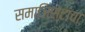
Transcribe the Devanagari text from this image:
समाजिस्टांचा